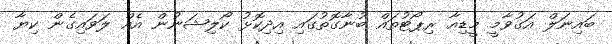
ބައިނަލް އަގުވާމީ މީޑިއާ ރިޕޯޓުތައް ބުނާގޮތުގައި އިދިކޮޅު ކޯލިޝަނުން އެއް ލަވައިގެން ކިޔާ